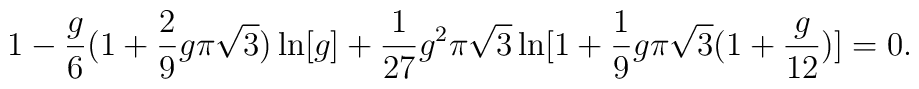
1 - {g \over 6} ( 1 + {2 \over 9} g \pi \sqrt{3}) \ln [g] + {1 \over 27} g^2 \pi \sqrt{3} \ln[1 + {1 \over 9} g \pi \sqrt{3} (1 + {g \over 12})] = 0.